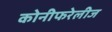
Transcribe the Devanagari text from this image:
कोनीफरेलीज